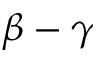
\beta - \gamma